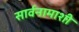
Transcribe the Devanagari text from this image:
सार्वनामाशी